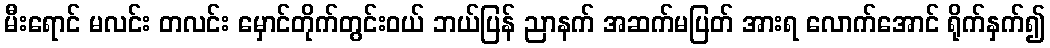
မီးရောင် မလင်း တလင်း မှောင်တိုက်တွင်းဝယ် ဘယ်ပြန် ညာနက် အဆက်မပြတ် အားရ လောက်အောင် ရိုက်နှက်၍